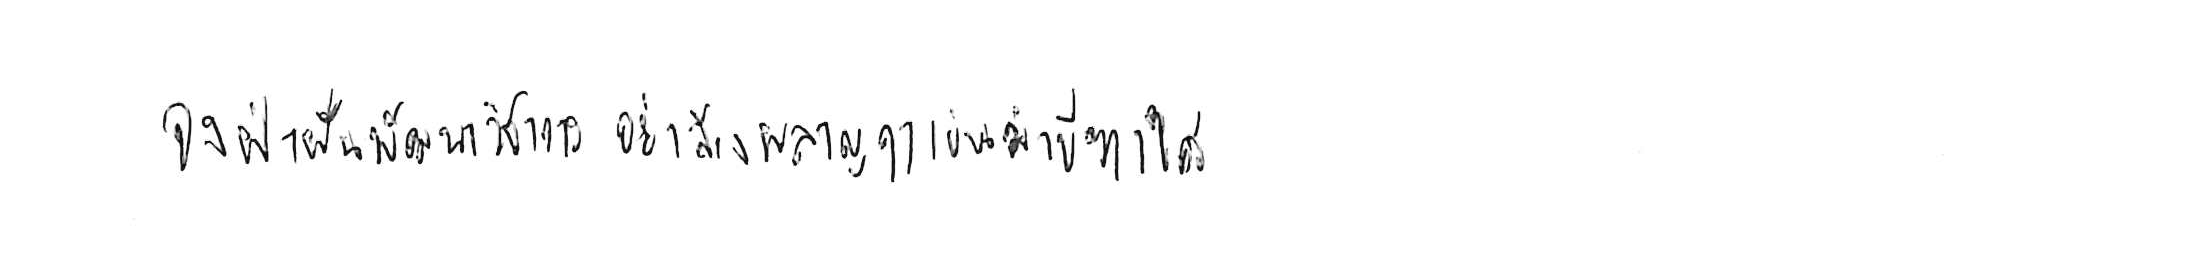
จงฝ่าฟันพัฒนาวิชาการ อย่าล้างผลาญฤๅเข่นฆ่าบีฑาใคร